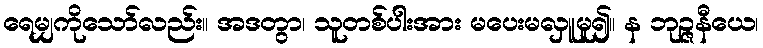
ရေမျှကိုသော်လည်း။ အဒတွာ၊ သူတစ်ပါးအား မပေးမလှူမူ၍။ န ဘုဉ္ဇနီယေ၊